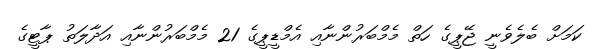
ކަމަށް ބެލެވެނީ ޖޭޕީގެ ހަތް މެމްބަރުންނާއި އެމްޑީޕީގެ 21 މެމްބަރުންނާއި އަދާލަތު ޕާޓީގެ